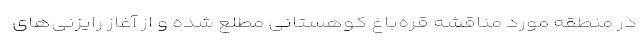
در منطقه مورد مناقشه قره‌باغ کوهستانی مطلع شده و از آغاز رایزنی‌های